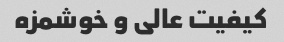
کیفیت عالی و خوشمزه